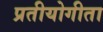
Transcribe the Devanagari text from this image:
प्रतीयोगीता